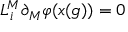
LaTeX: L _ { i } ^ { M } \partial _ { M } \varphi ( x ( g ) ) = 0